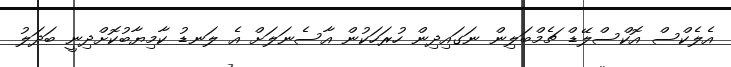
އެލެކްސް އޮކްސްލޭޑް ޗެމްބަލިން ނަގައިދިން ހުރަހަކުން އާސެނަލަށް އެ ލަނޑު ކާމިޔާބުކޮށްދިނީ ބަދަލު